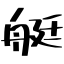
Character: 艇